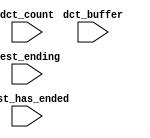
module DE0_Nano_SOPC_cpu_oci_test_bench (
                                          // inputs:
                                           dct_buffer,
                                           dct_count,
                                           test_ending,
                                           test_has_ended
                                        )
;

  input   [ 29: 0] dct_buffer;
  input   [  3: 0] dct_count;
  input            test_ending;
  input            test_has_ended;


endmodule